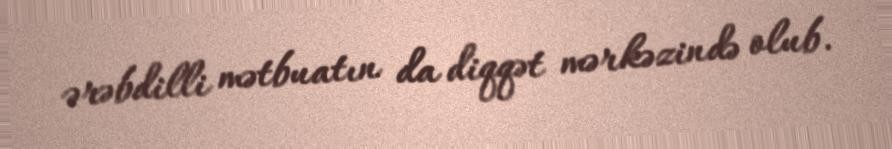
ərəbdilli mətbuatın da diqqət mərkəzində olub.